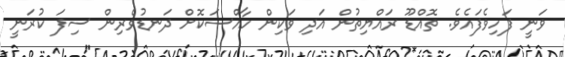
ވަނީ ފަހިވެފައެވެ. ތޮއްޑޫ ރައްޔިތުން އަދި ވަކިން ހާއްސަކޮށް ދަނޑުވެރިން ސިފަ ކުރަނީ